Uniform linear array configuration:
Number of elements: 16
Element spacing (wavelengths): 0.75
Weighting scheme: exponential
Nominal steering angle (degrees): -15
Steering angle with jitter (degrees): -14.673
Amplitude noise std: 0.05
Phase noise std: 0.05

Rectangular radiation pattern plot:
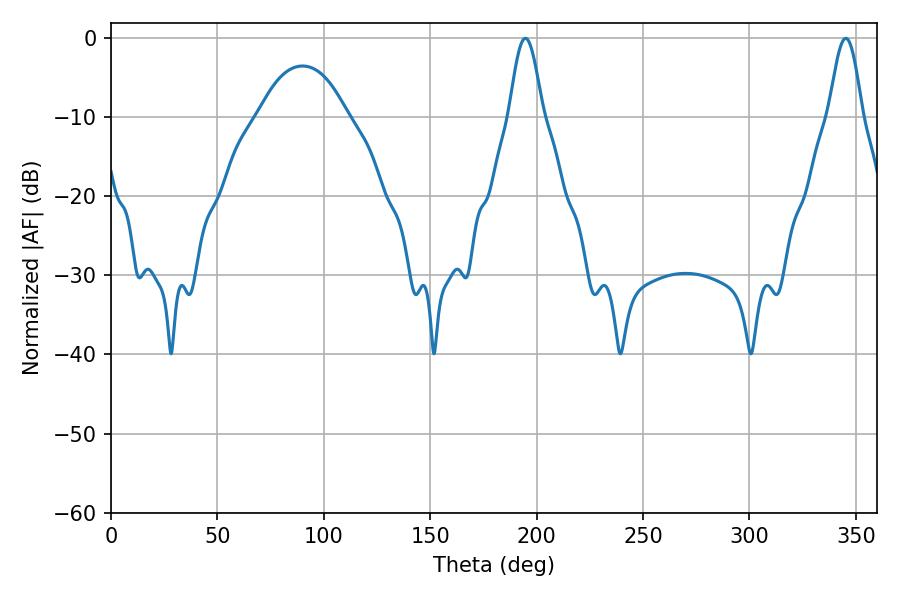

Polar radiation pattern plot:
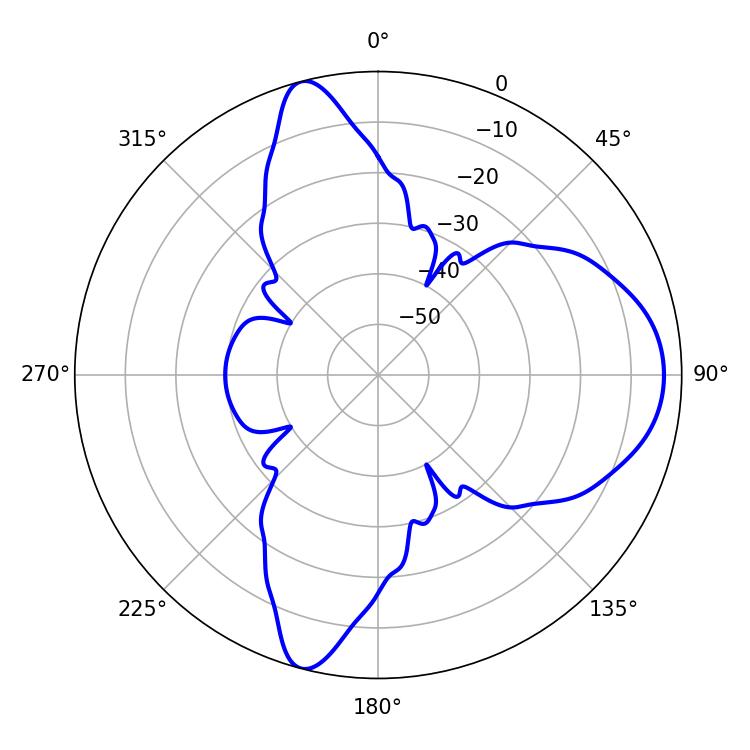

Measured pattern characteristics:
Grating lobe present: TRUE
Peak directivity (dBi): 10.931
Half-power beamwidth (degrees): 8.46
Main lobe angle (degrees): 194.76